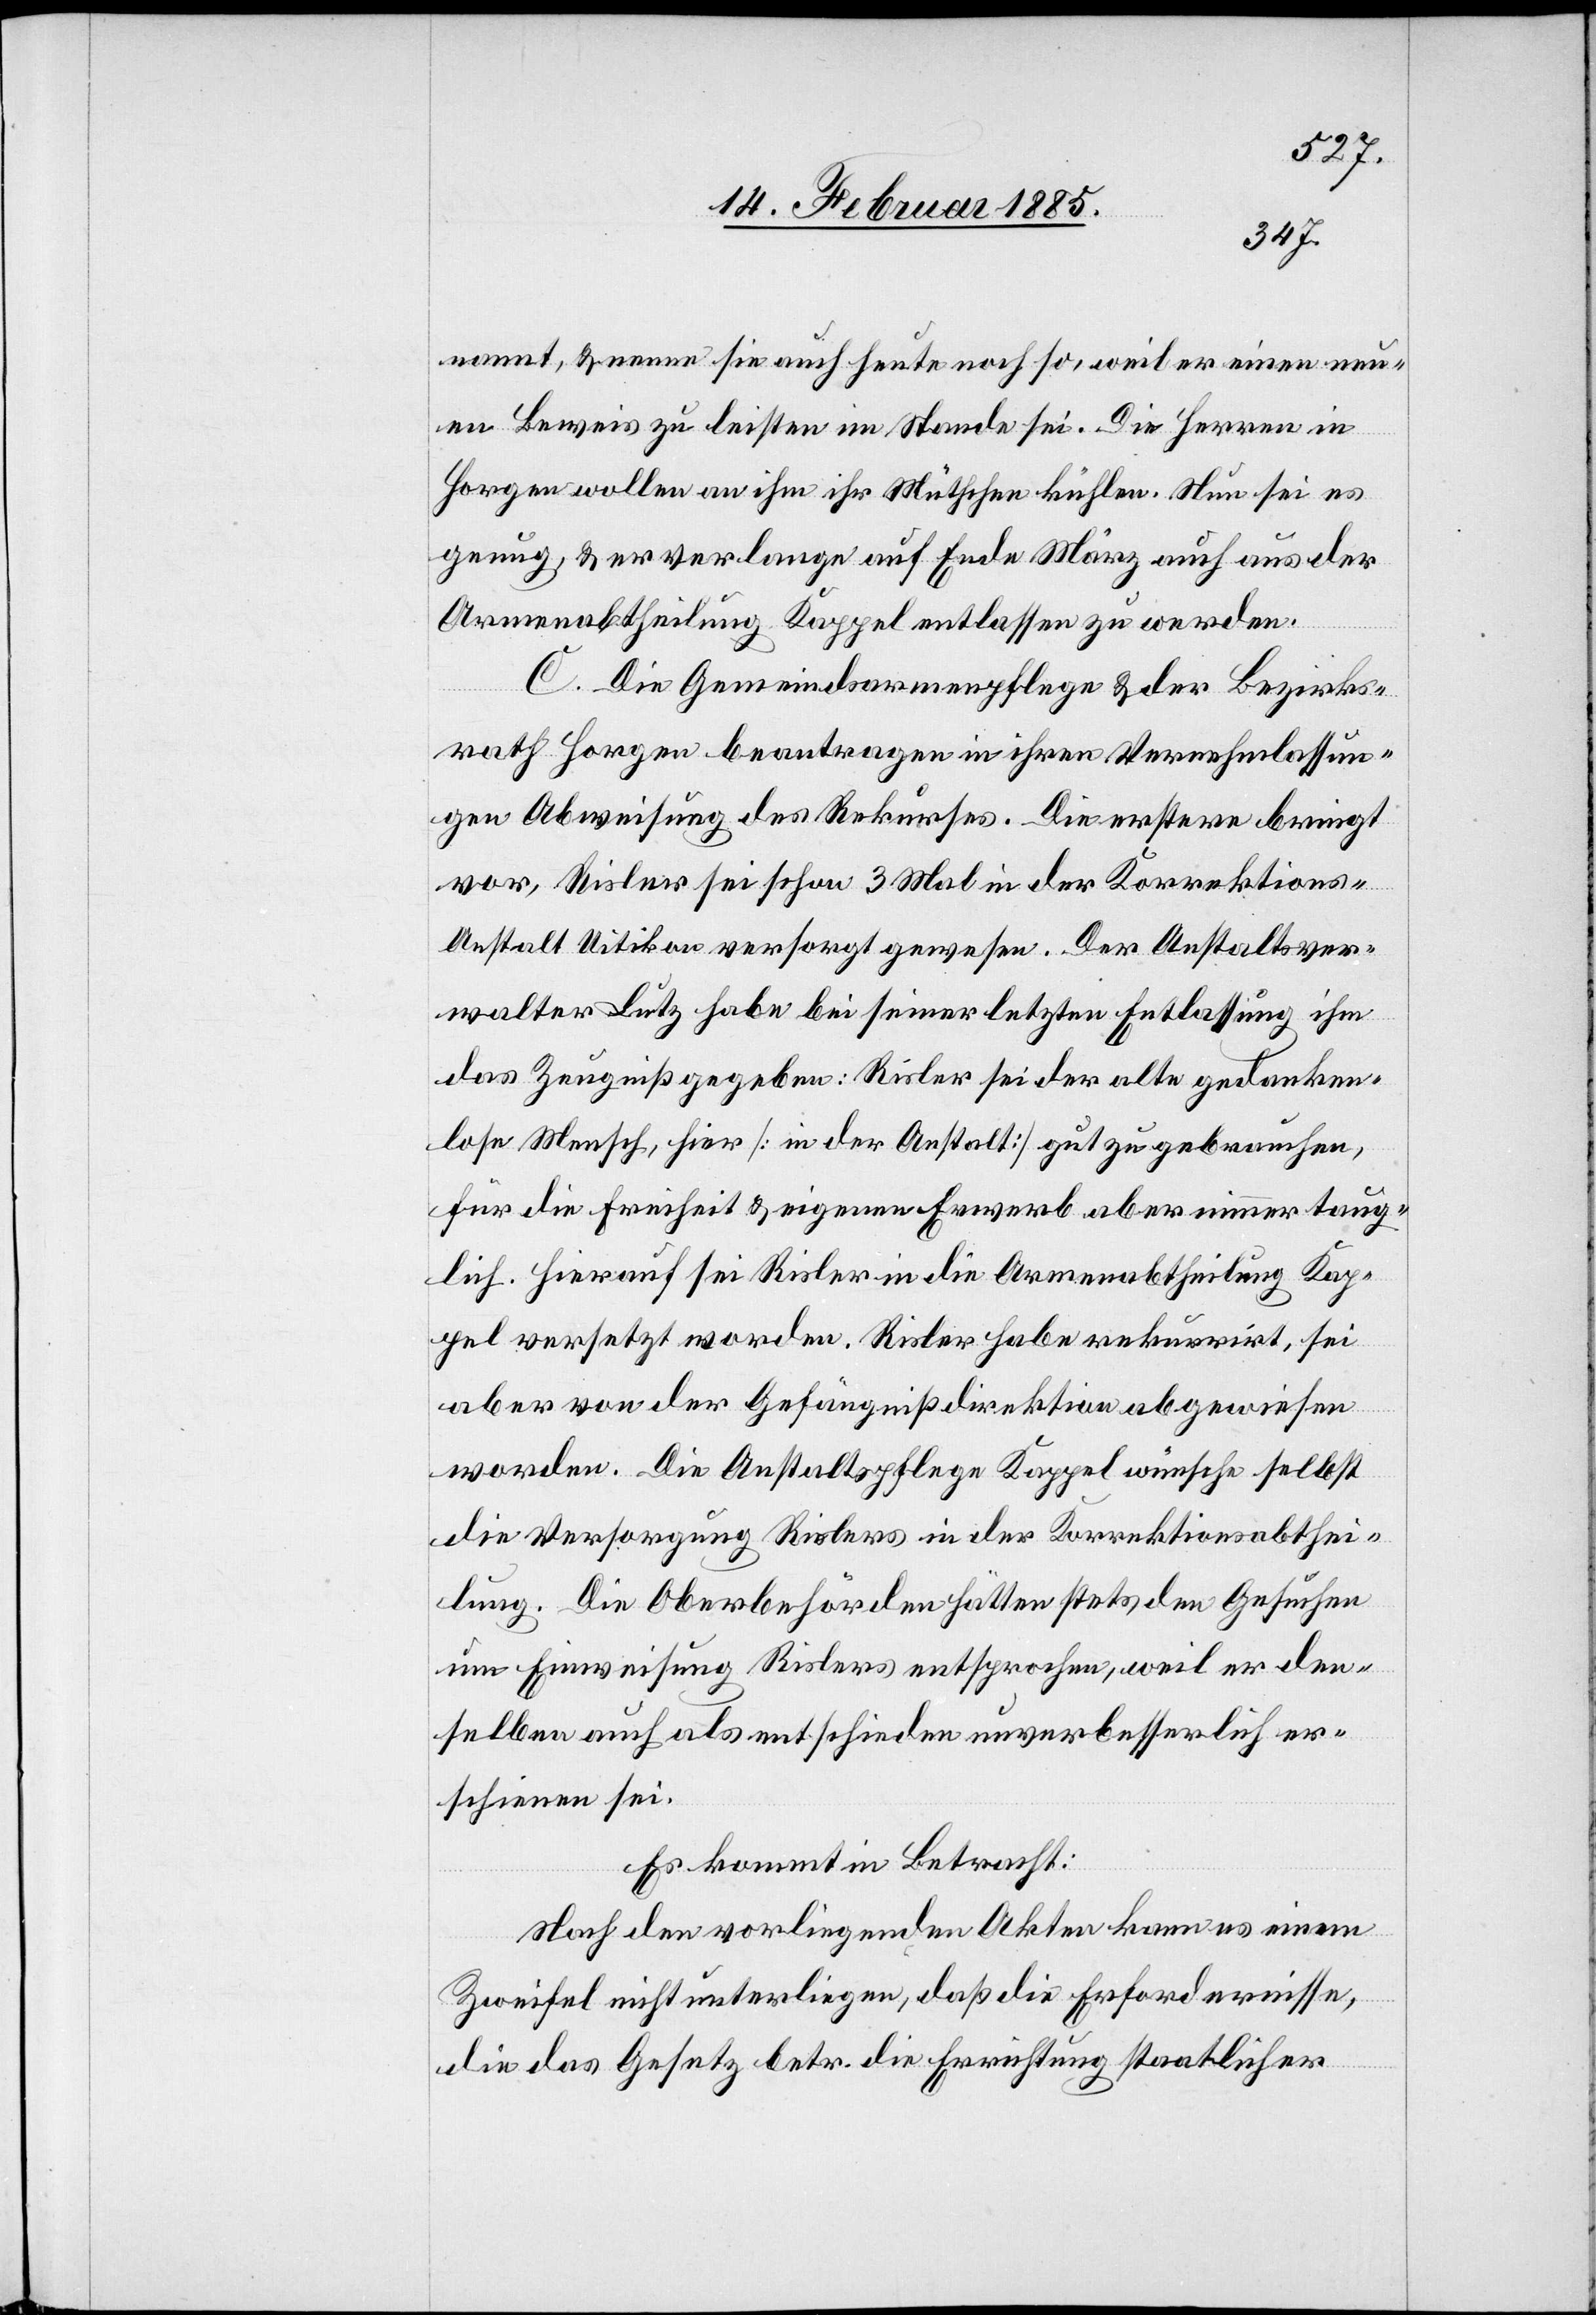
nannt, & nenne sie auch heute noch so, weil er einen neu¬
en Beweis zu leisten im Stande sei. Die Herren in
Horgen wollen an ihm ihr Mütchen kühlen. Nun sei es
genug, & er verlange auf Ende März auch aus der
Armenabtheilung Kappel entlassen zu werden.
C. Die Gemeindsarmenpflege & der Bezirks¬
rath Horgen beantragen in ihren Vernehmlassun¬
gen Abweisung des Rekurses. Die erstere bringt
vor, Risler sei schon 3 Mal in der Korrektions¬
anstalt Uitikon versorgt gewesen. Der Anstaltsver¬
walter Lutz habe bei seiner letzten Entlassung ihm
das Zeugniß gegeben: Risler sei der alte gedanken¬
lose Mensch, hier [in der Anstalt] gut zu gebrauchen,
für die Freiheit & eigenen Erwerb aber nimmer taug¬
lich. Hierauf sei Risler in die Armenabtheilung Kap¬
pel versetzt worden. Risler habe rekurrirt, sei
aber von der Gefängnißdirektion abgewiesen
worden. Die Anstaltspflege Kappel wünsche selbst
die Versorgung Rislers in der Korrektionsabthei¬
lung. Die Oberbehörden hätten stets den Gesuchen
um Einweisung Rislers entsprochen, weil er den¬
selben auch als entschieden unverbesserlich er¬
schienen sei.
Es kommt in Betracht:
Nach den vorliegenden Akten kann es einem
Zweifel nicht unterliegen, daß die Erfordernisse,
die das Gesetz betr. die Errichtung staatlicher